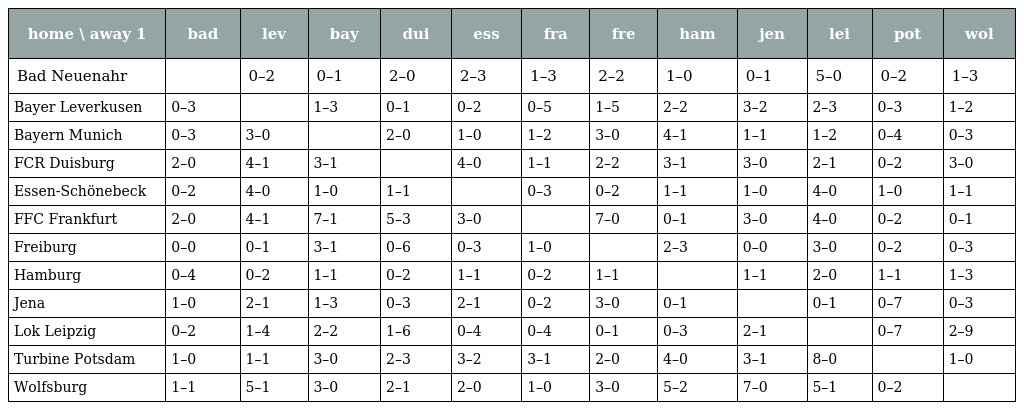
| home \ away 1 | bad | lev | bay | dui | ess | fra | fre | ham | jen | lei | pot | wol |
 | --- | --- | --- | --- | --- | --- | --- | --- | --- | --- | --- | --- | --- |
 | Bad Neuenahr |  | 0–2 | 0–1 | 2–0 | 2–3 | 1–3 | 2–2 | 1–0 | 0–1 | 5–0 | 0–2 | 1–3 |
 | Bayer Leverkusen | 0–3 |  | 1–3 | 0–1 | 0–2 | 0–5 | 1–5 | 2–2 | 3–2 | 2–3 | 0–3 | 1–2 |
 | Bayern Munich | 0–3 | 3–0 |  | 2–0 | 1–0 | 1–2 | 3–0 | 4–1 | 1–1 | 1–2 | 0–4 | 0–3 |
 | FCR Duisburg | 2–0 | 4–1 | 3–1 |  | 4–0 | 1–1 | 2–2 | 3–1 | 3–0 | 2–1 | 0–2 | 3–0 |
 | Essen-Schönebeck | 0–2 | 4–0 | 1–0 | 1–1 |  | 0–3 | 0–2 | 1–1 | 1–0 | 4–0 | 1–0 | 1–1 |
 | FFC Frankfurt | 2–0 | 4–1 | 7–1 | 5–3 | 3–0 |  | 7–0 | 0–1 | 3–0 | 4–0 | 0–2 | 0–1 |
 | Freiburg | 0–0 | 0–1 | 3–1 | 0–6 | 0–3 | 1–0 |  | 2–3 | 0–0 | 3–0 | 0–2 | 0–3 |
 | Hamburg | 0–4 | 0–2 | 1–1 | 0–2 | 1–1 | 0–2 | 1–1 |  | 1–1 | 2–0 | 1–1 | 1–3 |
 | Jena | 1–0 | 2–1 | 1–3 | 0–3 | 2–1 | 0–2 | 3–0 | 0–1 |  | 0–1 | 0–7 | 0–3 |
 | Lok Leipzig | 0–2 | 1–4 | 2–2 | 1–6 | 0–4 | 0–4 | 0–1 | 0–3 | 2–1 |  | 0–7 | 2–9 |
 | Turbine Potsdam | 1–0 | 1–1 | 3–0 | 2–3 | 3–2 | 3–1 | 2–0 | 4–0 | 3–1 | 8–0 |  | 1–0 |
 | Wolfsburg | 1–1 | 5–1 | 3–0 | 2–1 | 2–0 | 1–0 | 3–0 | 5–2 | 7–0 | 5–1 | 0–2 |  |